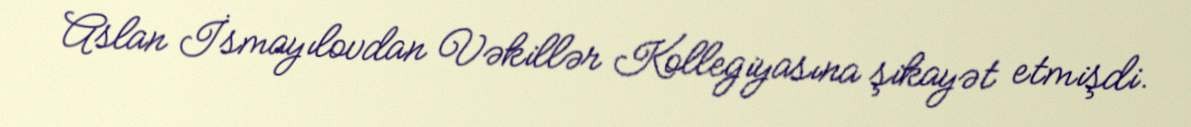
Aslan İsmayılovdan Vəkillər Kollegiyasına şikayət etmişdi.